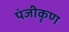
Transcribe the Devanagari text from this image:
पंजीकृण